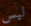
ليس